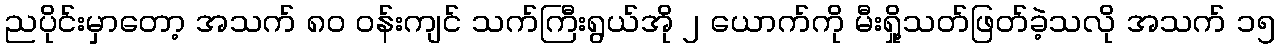
ညပိုင်းမှာတော့ အသက် ၈၀ ဝန်းကျင် သက်ကြီးရွယ်အို ၂ ယောက်ကို မီးရှို့သတ်ဖြတ်ခဲ့သလို အသက် ၁၅